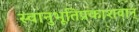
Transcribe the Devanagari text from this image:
स्वानुभूतिप्रकाशवान्